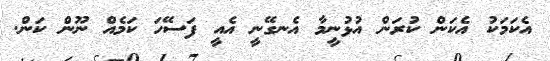
އެކަމަކު އެކަން ކުރަން އުޅުނީމާ އެނގޭނީ އެއީ ފަސޭހަ ކަމެއް ނޫން ކަން.